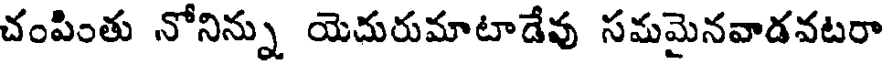
చంపింతు నోనిన్ను యెదురుమాటాడేవు సమమైనవాడవటరా